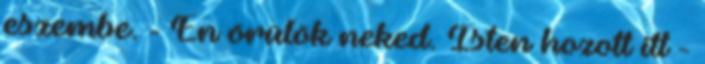
eszembe. - Én örülök neked. Isten hozott itt -